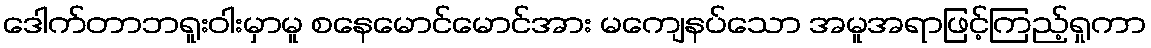
ဒေါက်တာဘရူးဝါးမှာမူ စနေမောင်မောင်အား မကျေနပ်သော အမူအရာဖြင့်ကြည့်ရှုကာ